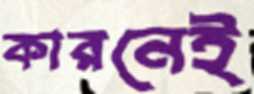
কারনেই